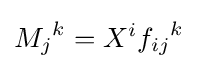
{M_{j}}^{k}=X^{i}{f_{ij}}^{k}